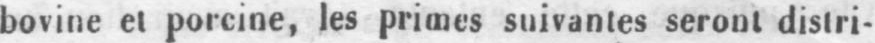
bovine et porcine, les primes suivantes seront distri-